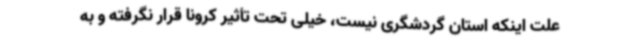
علت اینکه استان گردشگری نیست، خیلی تحت تأثیر کرونا قرار نگرفته و به